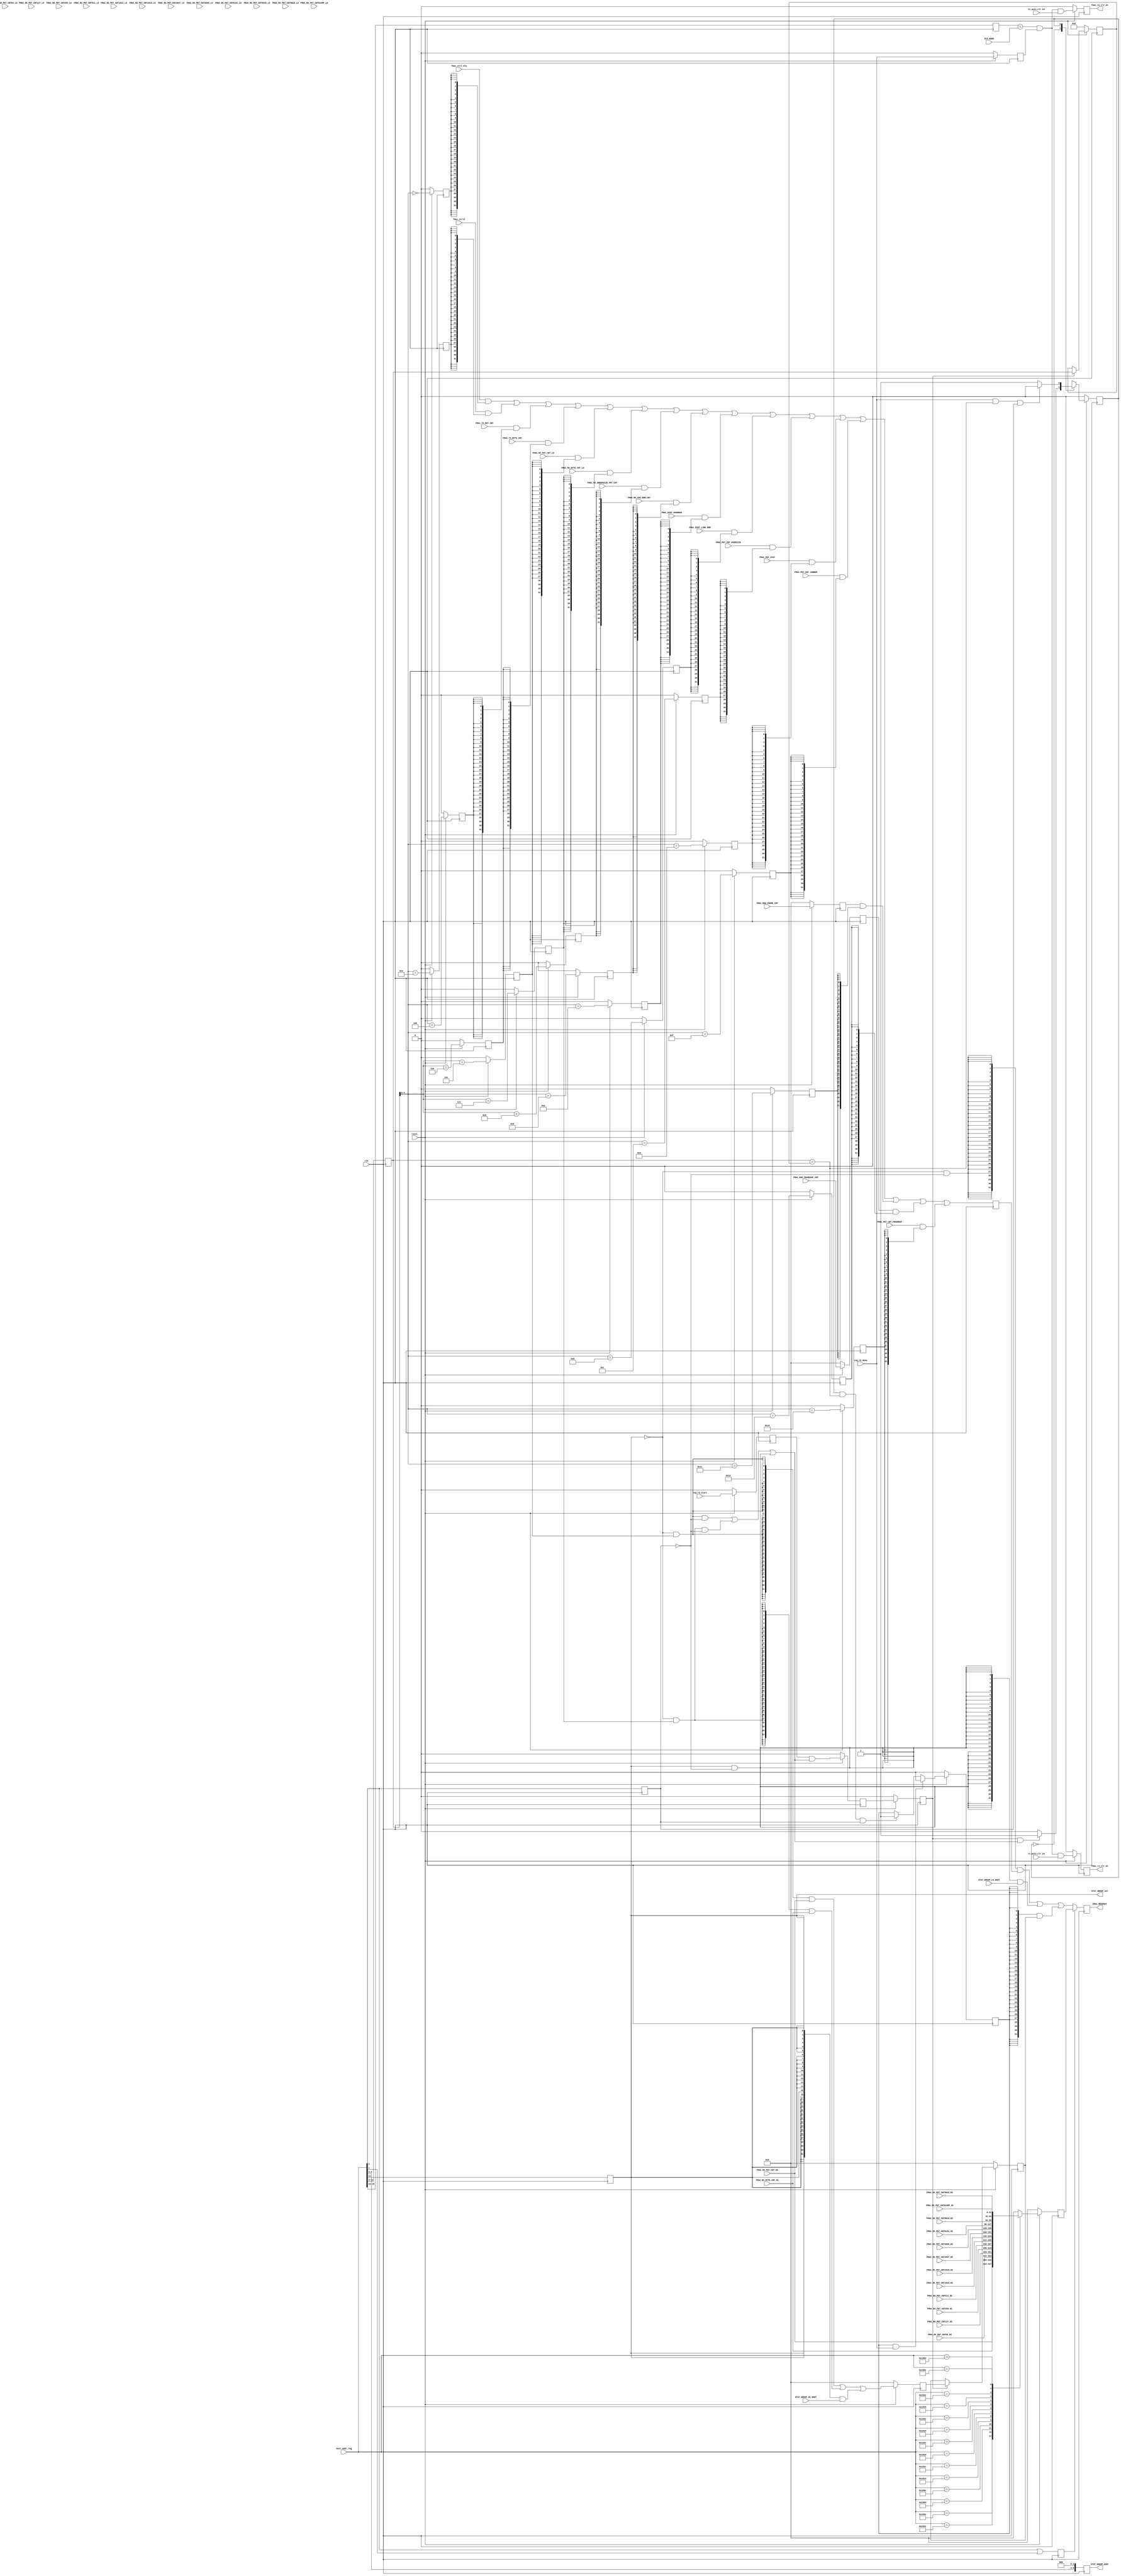
//****************************************************************
// December 6, 2022
//
// Licensed to the Apache Software Foundation (ASF) under one
// or more contributor license agreements.  See the NOTICE file
// distributed with this work for additional information
// regarding copyright ownership.  The ASF licenses this file
// to you under the Apache License, Version 2.0 (the
// "License"); you may not use this file except in compliance
// with the License.  You may obtain a copy of the License at
//
//   http://www.apache.org/licenses/LICENSE-2.0
//
// Unless required by applicable law or agreed to in writing,
// software distributed under the License is distributed on an
// "AS IS" BASIS, WITHOUT WARRANTIES OR CONDITIONS OF ANY
// KIND, either express or implied.  See the License for the
// specific language governing permissions and limitations
// under the License.
//
// Date: N/A
// Project: LMAC 3
// Comments: N/A
//
//********************************
// File history:
//   N/A
//****************************************************************

// synopsys translate_off
`timescale 1ns/1ps
// synopsys translate_on

module fmac_register_if(
	clk,     					// i-1
    reset_,  					// i-1

    // REGULAR Statistic Registers
    //NOTE:  Each mac should do its own count then resync one time only
    fmac_ctrl_dly,				//i-32
    FMAC_TX_PKT_CNT,  			// i-32
    FMAC_RX_PKT_CNT_LO,      	// i-32, (derived from SYNCLK125 [or FMAC0 clk])
    FMAC_RX_PKT_CNT_HI,      	// i-32, (derived from SYNCLK125 [or FMAC0 clk])

    FMAC_TX_BYTE_CNT,			// i-32
	FMAC_RX_BYTE_CNT_LO,   		// i-32, (from synclk)
	FMAC_RX_BYTE_CNT_HI,   		// i-32, (from synclk)


	FMAC_RX_UNDERSIZE_PKT_CNT,	// i-32
	FMAC_RX_CRC_ERR_CNT,		// i-32
	FMAC_DCNT_OVERRUN,			// i-32
	FMAC_DCNT_LINK_ERR,			// i-32
	FMAC_PKT_CNT_OVERSIZE,		// i-32
	FMAC_PHY_STAT,				// i-32
	fmac_ctrl1	,				// i-32

	FMAC_PKT_CNT_JABBER		,	// i-32
	FMAC_PKT_CNT_FRAGMENT	,	// i-32
	FMAC_RAW_FRAME_CNT	,		// i-32
	FMAC_BAD_FRAMESOF_CNT	,	// i-32

	//Interface to 64 bit Statistic register group, in DECAP
	STAT_GROUP_LO_DOUT	,		// i-32,
	STAT_GROUP_HI_DOUT	,		// i-32,
	STAT_GROUP_addr	,			// o-10, address to select the register within the STAT GROUP
	STAT_GROUP_sel	,			// o-1
	fmac_rx_clr_en,				// o-1

	fmac_tx_clr_en,

	// Interface to mac_register
	reg_rd_start,				// i-1, pulse indicating the start of a reg access
	reg_rd_done,				// i-1, pulse indicating the end of a reg access
	host_addr_reg,				// i-16
	SYS_ADDR,					// i-4

	rx_auto_clr_en,				// i-1
	tx_auto_clr_en,				// i-1


	//REGISTERS
	FMAC_RX_PKT_CNT64_LO,
	FMAC_RX_PKT_CNT64_HI,

	FMAC_RX_PKT_CNT127_LO,
	FMAC_RX_PKT_CNT127_HI,

	FMAC_RX_PKT_CNT255_LO,
	FMAC_RX_PKT_CNT255_HI,

	FMAC_RX_PKT_CNT511_LO,
	FMAC_RX_PKT_CNT511_HI,

	FMAC_RX_PKT_CNT1023_LO,
	FMAC_RX_PKT_CNT1023_HI,

	FMAC_RX_PKT_CNT1518_LO,
	FMAC_RX_PKT_CNT1518_HI,

	FMAC_RX_PKT_CNT2047_LO,
	FMAC_RX_PKT_CNT2047_HI,

	FMAC_RX_PKT_CNT4095_LO,
	FMAC_RX_PKT_CNT4095_HI,

	FMAC_RX_PKT_CNT8191_LO,
	FMAC_RX_PKT_CNT8191_HI,

	FMAC_RX_PKT_CNT9018_LO,
	FMAC_RX_PKT_CNT9018_HI,

	FMAC_RX_PKT_CNT9022_LO,
	FMAC_RX_PKT_CNT9022_HI,

	FMAC_RX_PKT_CNT9199P_LO,
	FMAC_RX_PKT_CNT9199P_HI,
	//--
	FMAC_REGDOUT				// o-32

    );

// ----------------------------------------------------------------------------
// PORT DECLARATIONS
// ----------------------------------------------------------------------------
input       clk;
input       reset_;

// Statistic Registers
input	[31:0]	fmac_ctrl_dly	;
input [31:0]	FMAC_TX_PKT_CNT;
input [31:0]	FMAC_RX_PKT_CNT_LO;
input [31:0]	FMAC_RX_PKT_CNT_HI;

input [31:0]	FMAC_TX_BYTE_CNT;
input [31:0]	FMAC_RX_BYTE_CNT_LO;
input [31:0]	FMAC_RX_BYTE_CNT_HI;

input [31:0]	FMAC_RX_UNDERSIZE_PKT_CNT;
input [31:0]	FMAC_RX_CRC_ERR_CNT;
input [31:0]	FMAC_DCNT_OVERRUN;
input [31:0]	FMAC_DCNT_LINK_ERR;
input [31:0]	FMAC_PKT_CNT_OVERSIZE;
input [31:0]	FMAC_PHY_STAT;
input	[31:0]	fmac_ctrl1	;

input	[31:0]	FMAC_PKT_CNT_JABBER		;	//i-32
input	[31:0]	FMAC_PKT_CNT_FRAGMENT	;	//i-32
input	[31:0]	FMAC_RAW_FRAME_CNT	;		//i-32
input	[31:0]	FMAC_BAD_FRAMESOF_CNT	;	//i-32

input	[31:0]	STAT_GROUP_LO_DOUT	;		// i-32,
input	[31:0]	STAT_GROUP_HI_DOUT	;		// i-32,
output	[9:0]	STAT_GROUP_addr	;			// o-10, address to select the register within the STAT GROUP
output			STAT_GROUP_sel	;			// o-1,
output			fmac_rx_clr_en	;			// o-1,

output			fmac_tx_clr_en	;

// Interface to mac_register
input			reg_rd_start;
input			reg_rd_done;
input [15:0]	host_addr_reg;
input [3:0]		SYS_ADDR;

input			rx_auto_clr_en;
input			tx_auto_clr_en;


//REGISTERS
input	[32:0]		FMAC_RX_PKT_CNT64_LO;
input	[31:0]		FMAC_RX_PKT_CNT64_HI;

input	[32:0]		FMAC_RX_PKT_CNT127_LO;
input	[31:0]		FMAC_RX_PKT_CNT127_HI;

input	[32:0]		FMAC_RX_PKT_CNT255_LO;
input	[31:0]		FMAC_RX_PKT_CNT255_HI;

input	[32:0]		FMAC_RX_PKT_CNT511_LO;
input	[31:0]		FMAC_RX_PKT_CNT511_HI;

input	[32:0]		FMAC_RX_PKT_CNT1023_LO;
input	[31:0]		FMAC_RX_PKT_CNT1023_HI;

input	[32:0]		FMAC_RX_PKT_CNT1518_LO;
input	[31:0]		FMAC_RX_PKT_CNT1518_HI;

input	[32:0]		FMAC_RX_PKT_CNT2047_LO;
input	[31:0]		FMAC_RX_PKT_CNT2047_HI;

input	[32:0]		FMAC_RX_PKT_CNT4095_LO;
input	[31:0]		FMAC_RX_PKT_CNT4095_HI;

input	[32:0]		FMAC_RX_PKT_CNT8191_LO;
input	[31:0]		FMAC_RX_PKT_CNT8191_HI;

input	[32:0]		FMAC_RX_PKT_CNT9018_LO;
input	[31:0]		FMAC_RX_PKT_CNT9018_HI;

input	[32:0]		FMAC_RX_PKT_CNT9022_LO;
input	[31:0]		FMAC_RX_PKT_CNT9022_HI;

input	[32:0]		FMAC_RX_PKT_CNT9199P_LO;
input	[31:0]		FMAC_RX_PKT_CNT9199P_HI;


output [31:0]	FMAC_REGDOUT;

//Variables for atomic controller
wire				atomic_cycle_mode;
reg					atm_latch_en;
reg					atm_latch_en_dly;
reg		[31:0]		local32_hi;					//keeping the upper 32 bit of the 64 bit reg
reg		[31:0]		my_local32_hi;				//temp mux
reg		[8:0]		atm_tag;					//keeping the addr of the previous reg read for checking matching
reg					atm_valid;
wire				tag_match;

reg					reg_rd_start_int;
reg					reg_rd_done_int;
reg					atomic_hi_en;				//enable the access to the ATOMIC HI register

reg		[31:0]		FMAC_RAW_FRAME_CNT_DLY1	;	//i-32
reg		[31:0]		FMAC_BAD_FRAMESOF_CNT_DLY1;	//i-32


// ----------------------------------------------------------------------------
// INTERNAL
// ----------------------------------------------------------------------------
// STATISTIC & DIAGNOSTIC REGISTERS
//											addr[11:3]		addr[15:0]
//`define	FMAC_TX_PKT_CNT_addr			9'h004			// 	1020h
//`define 	FMAC_RX_PKT_CNT_addr			9'h005			// 	1028h
//`define	FMAC_TX_BYTE_CNT_addr			9'h006			// 	1030h
//`define	FMAC_RX_BYTE_CNT_addr  			9'h007			// 	1038h
//`define	FMAC_RX_UNDERSIZE_PKT_CNT_addr	9'h008			// 	1040h
//`define	FMAC_RX_CRC_ERR_CNT_addr		9'h009			// 	1048h
//`define	FMAC_DCNT_OVERRUN_addr 			9'h00A   		// 	1050h
//`define	FMAC_DCNT_LINK_ERR_addr 		9'h00B   		// 	1058h
//`define	FMAC_DCNT_OVERSIZE_addr 		9'h00C   		// 	1060h
//`define	FMAC_PHY_STAT_addr  			9'h00D 			// 	1068h

// ========================================
// Buffer the address
// ========================================

//bit 9:0 actually select the individual reg
//bit 11:10 select the group within the FMAC
//For now, (13jun10) bit 11 selects the new statistic regs
reg [8:0]	addr_buf0;
reg [9:0]	STAT_GROUP_addr;	//only bit 9:3 are used, for used by the new statistic regs
reg			upper32_addr;

reg			STAT_GROUP_sel;
reg			fmac_rx_clr_en;
reg			fmac_tx_clr_en;

reg	[3:0]	host_addr_int;		//only upper nibble of the host addr

reg			high_sel;

always @ (posedge clk)
	begin
	addr_buf0	 <=	host_addr_reg[11:3];
	upper32_addr	<= host_addr_reg[2];

	//keeping the bit numbering the same as the address
	host_addr_int		<= host_addr_reg[15:12];
	STAT_GROUP_addr	 	<= {host_addr_reg[9:3], 3'b000} ;

	//use 1 bit for NO decoding
	STAT_GROUP_sel		<= host_addr_reg[11];
		//sys_addr is a constant
		//teh DONE signal may be a clock too late and can cause conflict
		//need to clear sooner if possible
	fmac_rx_clr_en			<=
		!reset_ ? 1'b0 :
		(host_addr_int == SYS_ADDR) & reg_rd_done_int & rx_auto_clr_en ;
	fmac_tx_clr_en			<=
		!reset_ ? 1'b0 :
		(host_addr_int == SYS_ADDR) & reg_rd_done_int & tx_auto_clr_en ;

	high_sel				<=
		host_addr_reg[2] | host_addr_reg[1];
	end

//STATISTIC & DIAGNOSTIC REGISTERS
parameter	[9:0]	FMAC_CTRL_addr							= 	10'h0_00;
parameter	[9:0]	FMAC_TX_PKT_CNT_addr					= 	10'h0_20;

//addr bit 2 indicates the lo or hi 32bit of 64 bit register
parameter 	[9:0]	FMAC_RX_PKT_CNT_addr					= 	10'h0_28;	// 	- RX_PKT_CNT_LO
															//	102Ch 		//	- RX_PKT_CNT_HI
parameter	[9:0]	FMAC_TX_BYTE_CNT_addr					= 	10'h0_30;	// 	- RX_BYTE_CNT_LO
															//	1034h 		//	- RX_BYTE_CNT_HI

parameter	[9:0]	FMAC_RX_BYTE_CNT_addr  					= 	10'h0_38;
parameter 	[9:0]	FMAC_RX_UNDERSIZE_PKT_CNT_addr			= 	10'h0_40;
parameter 	[9:0]	FMAC_RX_CRC_ERR_CNT_addr				= 	10'h0_48;
parameter	[9:0]	FMAC_DCNT_OVERRUN_addr 			   		= 	10'h0_50;
parameter	[9:0]	FMAC_DCNT_LINK_ERR_addr 		   		= 	10'h0_58;
parameter	[9:0]	FMAC_PKT_CNT_OVERSIZE_addr 		   		= 	10'h0_60;
parameter	[9:0]	FMAC_PHY_STAT_addr  			 		= 	10'h0_68;
parameter	[9:0]	FMAC_CTRL1_addr  			 			= 	10'h0_70;

parameter	[9:0]	FMAC_PKT_CNT_JABBER_addr 		   		= 	10'h0_78;
parameter	[9:0]	FMAC_PKT_CNT_FRAGMENT_addr 		   		= 	10'h0_80;
parameter	[9:0]	FMAC_RAW_FRAME_CNT_addr 		   		= 	10'h0_88;	//addr = 'h1088
parameter	[9:0]	FMAC_BAD_FRAMESOF_CNT_addr 		   		= 	10'h0_90;	//addr = 'h1090

// ========================================
// Decode address to Select lines
// ========================================

wire		FMAC_CTRL_sel		;
wire		FMAC_TX_PKT_CNT_sel;
wire		FMAC_RX_PKT_CNT_sel;
wire		FMAC_TX_BYTE_CNT_sel;
wire		FMAC_RX_BYTE_CNT_sel;
wire		FMAC_RX_UNDERSIZE_PKT_CNT_sel;
wire	 	FMAC_RX_CRC_ERR_CNT_sel;
wire		FMAC_DCNT_OVERRUN_sel;
wire		FMAC_DCNT_LINK_ERR_sel;
wire		FMAC_PKT_CNT_OVERSIZE_sel;
wire		FMAC_PHY_STAT_sel;
wire		FMAC_CTRL1_sel		;

wire		FMAC_PKT_CNT_JABBER_sel		;
wire		FMAC_PKT_CNT_FRAGMENT_sel	;
wire		FMAC_RAW_FRAME_CNT_sel	;
wire		FMAC_BAD_FRAMESOF_CNT_sel	;

assign	FMAC_CTRL_sel					=	( addr_buf0[6:0] == FMAC_CTRL_addr[9:3]						);
assign	FMAC_TX_PKT_CNT_sel				=	( addr_buf0[6:0] == FMAC_TX_PKT_CNT_addr[9:3]				);
assign	FMAC_TX_BYTE_CNT_sel			=	( addr_buf0[6:0] == FMAC_TX_BYTE_CNT_addr[9:3]				);
assign	FMAC_RX_PKT_CNT_sel				=	( addr_buf0[6:0] == FMAC_RX_PKT_CNT_addr[9:3]				);
assign	FMAC_RX_BYTE_CNT_sel			=	( addr_buf0[6:0] == FMAC_RX_BYTE_CNT_addr[9:3]				);
assign	FMAC_RX_UNDERSIZE_PKT_CNT_sel	=	( addr_buf0[6:0] == FMAC_RX_UNDERSIZE_PKT_CNT_addr[9:3]		);
assign	FMAC_RX_CRC_ERR_CNT_sel			=	( addr_buf0[6:0] == FMAC_RX_CRC_ERR_CNT_addr[9:3]			);
assign	FMAC_DCNT_OVERRUN_sel			=	( addr_buf0[6:0] == FMAC_DCNT_OVERRUN_addr[9:3]				);
assign	FMAC_DCNT_LINK_ERR_sel			=	( addr_buf0[6:0] == FMAC_DCNT_LINK_ERR_addr[9:3]			);
assign	FMAC_PKT_CNT_OVERSIZE_sel		=	( addr_buf0[6:0] == FMAC_PKT_CNT_OVERSIZE_addr[9:3]			);
assign	FMAC_PHY_STAT_sel				=	( addr_buf0[6:0] == FMAC_PHY_STAT_addr[9:3]					);
assign	FMAC_CTRL1_sel					=	( addr_buf0[6:0] == FMAC_CTRL1_addr[9:3]					);
assign	FMAC_PKT_CNT_JABBER_sel			=	( addr_buf0[6:0] == FMAC_PKT_CNT_JABBER_addr[9:3]			);
assign	FMAC_PKT_CNT_FRAGMENT_sel		=	( addr_buf0[6:0] == FMAC_PKT_CNT_FRAGMENT_addr[9:3]			);
assign	FMAC_RAW_FRAME_CNT_sel			=	( addr_buf0[6:0] == FMAC_RAW_FRAME_CNT_addr[9:3]			);
assign	FMAC_BAD_FRAMESOF_CNT_sel		=	( addr_buf0[6:0] == FMAC_BAD_FRAMESOF_CNT_addr[9:3]			);

//=================================================
//DELAYED VERSION FOR READING - better timing
reg		DLY_FMAC_CTRL_sel		;
reg		DLY_FMAC_TX_PKT_CNT_sel;
reg		DLY_FMAC_RX_PKT_CNT_sel;
reg		DLY_FMAC_TX_BYTE_CNT_sel;
reg		DLY_FMAC_RX_BYTE_CNT_sel;
reg		DLY_FMAC_RX_UNDERSIZE_PKT_CNT_sel;
reg	 	DLY_FMAC_RX_CRC_ERR_CNT_sel;
reg		DLY_FMAC_DCNT_OVERRUN_sel;
reg		DLY_FMAC_DCNT_LINK_ERR_sel;
reg		DLY_FMAC_PKT_CNT_OVERSIZE_sel;
reg		DLY_FMAC_PHY_STAT_sel;
reg		DLY_FMAC_CTRL1_sel		;
reg		DLY_FMAC_PKT_CNT_JABBER_sel;
reg		DLY_FMAC_PKT_CNT_FRAGMENT_sel;
reg		DLY_FMAC_RAW_FRAME_CNT_sel;
reg		DLY_FMAC_BAD_FRAMESOF_CNT_sel;

always@(posedge clk)
begin
		DLY_FMAC_CTRL_sel					<= !reset_ ? 1'b0 : FMAC_CTRL_sel			      		;
		DLY_FMAC_TX_PKT_CNT_sel				<= !reset_ ? 1'b0 : FMAC_TX_PKT_CNT_sel			      	;
		DLY_FMAC_RX_PKT_CNT_sel				<= !reset_ ? 1'b0 : FMAC_RX_PKT_CNT_sel				   	;
		DLY_FMAC_TX_BYTE_CNT_sel			<= !reset_ ? 1'b0 : FMAC_TX_BYTE_CNT_sel			   	;
		DLY_FMAC_RX_BYTE_CNT_sel			<= !reset_ ? 1'b0 : FMAC_RX_BYTE_CNT_sel			   	;
		DLY_FMAC_RX_UNDERSIZE_PKT_CNT_sel	<= !reset_ ? 1'b0 : FMAC_RX_UNDERSIZE_PKT_CNT_sel		;
	 	DLY_FMAC_RX_CRC_ERR_CNT_sel			<= !reset_ ? 1'b0 : FMAC_RX_CRC_ERR_CNT_sel			    ;
		DLY_FMAC_DCNT_OVERRUN_sel			<= !reset_ ? 1'b0 : FMAC_DCNT_OVERRUN_sel			    ;
		DLY_FMAC_DCNT_LINK_ERR_sel			<= !reset_ ? 1'b0 : FMAC_DCNT_LINK_ERR_sel			    ;
		DLY_FMAC_PKT_CNT_OVERSIZE_sel		<= !reset_ ? 1'b0 : FMAC_PKT_CNT_OVERSIZE_sel		   	;
		DLY_FMAC_PHY_STAT_sel				<= !reset_ ? 1'b0 : FMAC_PHY_STAT_sel				    ;
		DLY_FMAC_CTRL1_sel					<= !reset_ ? 1'b0 : FMAC_CTRL1_sel			      		;

		DLY_FMAC_PKT_CNT_JABBER_sel			<= !reset_ ? 1'b0 : FMAC_PKT_CNT_JABBER_sel		   		;
		DLY_FMAC_PKT_CNT_FRAGMENT_sel		<= !reset_ ? 1'b0 : FMAC_PKT_CNT_FRAGMENT_sel		   	;
		DLY_FMAC_RAW_FRAME_CNT_sel			<= !reset_ ? 1'b0 : FMAC_RAW_FRAME_CNT_sel		   	;
		DLY_FMAC_BAD_FRAMESOF_CNT_sel		<= !reset_ ? 1'b0 : FMAC_BAD_FRAMESOF_CNT_sel		   	;
end

//==================================================
reg		[31:0]	REGU_GROUP_LO_DOUT;

// REGULAR GROUP register - LOW 32
always@(posedge clk)
	begin
		FMAC_RAW_FRAME_CNT_DLY1		<= !reset_ ? 32'h0	   	: FMAC_RAW_FRAME_CNT	;
		FMAC_BAD_FRAMESOF_CNT_DLY1	<= !reset_ ? 32'h0 		: FMAC_BAD_FRAMESOF_CNT	;

	REGU_GROUP_LO_DOUT		<=

			//previous
			fmac_ctrl_dly 				&	{32{ DLY_FMAC_CTRL_sel					}}	|
			fmac_ctrl1		 			&	{32{ DLY_FMAC_CTRL1_sel					}}	|

			FMAC_TX_PKT_CNT 			&	{32{ DLY_FMAC_TX_PKT_CNT_sel			}}  |
			FMAC_TX_BYTE_CNT 			&	{32{ DLY_FMAC_TX_BYTE_CNT_sel			}}  |
			FMAC_RX_PKT_CNT_LO 			&	{32{ DLY_FMAC_RX_PKT_CNT_sel			}}  |
			FMAC_RX_BYTE_CNT_LO 		&	{32{ DLY_FMAC_RX_BYTE_CNT_sel			}}  |
			FMAC_RX_UNDERSIZE_PKT_CNT 	&	{32{ DLY_FMAC_RX_UNDERSIZE_PKT_CNT_sel	}}  |
			FMAC_RX_CRC_ERR_CNT 		&	{32{ DLY_FMAC_RX_CRC_ERR_CNT_sel		}}  |
			FMAC_DCNT_OVERRUN 			&	{32{ DLY_FMAC_DCNT_OVERRUN_sel			}}  |
			FMAC_DCNT_LINK_ERR 			&	{32{ DLY_FMAC_DCNT_LINK_ERR_sel			}}  |
			FMAC_PKT_CNT_OVERSIZE 		&	{32{ DLY_FMAC_PKT_CNT_OVERSIZE_sel		}}  |
			FMAC_PHY_STAT 				&	{32{ DLY_FMAC_PHY_STAT_sel				}}  |
			FMAC_PKT_CNT_JABBER 		&	{32{ DLY_FMAC_PKT_CNT_JABBER_sel		}}  |

			FMAC_RAW_FRAME_CNT_DLY1 		&	{32{ DLY_FMAC_RAW_FRAME_CNT_sel			}}	|        //25may13
			FMAC_BAD_FRAMESOF_CNT_DLY1 		&	{32{ DLY_FMAC_BAD_FRAMESOF_CNT_sel		}}	|
			FMAC_PKT_CNT_FRAGMENT 		&	{32{ DLY_FMAC_PKT_CNT_FRAGMENT_sel		}}
			;

	end

reg		[31:0]	REGU_GROUP_HI_DOUT;

always@ (posedge clk)
	begin
		if (!reset_) begin
			REGU_GROUP_HI_DOUT		<=		0;
		end
		else begin
			case (host_addr_reg)
				16'h102C	:	REGU_GROUP_HI_DOUT		<=		FMAC_RX_PKT_CNT_HI;
				16'h103C	:	REGU_GROUP_HI_DOUT		<=		FMAC_RX_BYTE_CNT_HI;
				16'h1804	:	REGU_GROUP_HI_DOUT		<=		FMAC_RX_PKT_CNT64_HI;
				16'h180C	:	REGU_GROUP_HI_DOUT		<=		FMAC_RX_PKT_CNT127_HI;
				16'h1814	:	REGU_GROUP_HI_DOUT		<=		FMAC_RX_PKT_CNT255_HI;
				16'h181C	:	REGU_GROUP_HI_DOUT		<=		FMAC_RX_PKT_CNT511_HI;
				16'h1824	:	REGU_GROUP_HI_DOUT		<=		FMAC_RX_PKT_CNT1023_HI;
				16'h182C	:	REGU_GROUP_HI_DOUT		<=		FMAC_RX_PKT_CNT1518_HI;
				16'h1834	:	REGU_GROUP_HI_DOUT		<=		FMAC_RX_PKT_CNT2047_HI;
				16'h183C	:	REGU_GROUP_HI_DOUT		<=		FMAC_RX_PKT_CNT4095_HI;
				16'h1844	:	REGU_GROUP_HI_DOUT		<=		FMAC_RX_PKT_CNT8191_HI;
				16'h184C	:	REGU_GROUP_HI_DOUT		<=		FMAC_RX_PKT_CNT9018_HI;
				16'h1854	:	REGU_GROUP_HI_DOUT		<=		FMAC_RX_PKT_CNT9022_HI;
				16'h185C	:	REGU_GROUP_HI_DOUT		<=		FMAC_RX_PKT_CNT9199P_HI;
				default		:	REGU_GROUP_HI_DOUT		<= 		0;
			endcase
		end
	end

//NOTE:  The REGU_GROUP_HI only has 2 registers so output it directly rather than via a bus
//if more registers later, a bus may be needed for this group.


// ========================================
// Muxing for FMAC_REGDOUT - SEE ATOMIC ENFORCEMENT BELOW
// ========================================
reg [31:0]	FMAC_REGDOUT;
always@(posedge clk)
begin

	//The address of the registers are structured for fast decode
	//bit 11:10 are used to decode which reg group within the FMAC
	//so at this level of muxing still preserve the old regs while allow room to add
	//new regs
	//bit 11:10 = 0 is for the old group
	//bit 11 = 1 is for the new statistic regs which are many
	FMAC_REGDOUT	<=		high_sel	?
							REGU_GROUP_HI_DOUT		:
							{32{ !STAT_GROUP_sel & !upper32_addr	}} & 		REGU_GROUP_LO_DOUT	|
							{32{  STAT_GROUP_sel & !upper32_addr	}} & 		STAT_GROUP_LO_DOUT	|
							{32{ atomic_hi_en }} & local32_hi
							;

end

//=======================================
// ATOMIC CONTROLLER - Enforce ATOMICITY for 64 bit reg reads
//=======================================
// SW always read the lo of the 64 bit reg first
// the LO regs go directly to the MUX
// the HI is being kept in the ATOMIC reg
// need more precise timing to avoid stale data

//if detect a read to LO of PKT_CNT or BYTE_CNT (host_addr[2] = 0)
//only HW can write to these registers
assign		atomic_cycle_mode =
							( !STAT_GROUP_sel & DLY_FMAC_RX_PKT_CNT_sel 	& !upper32_addr )
						|	( !STAT_GROUP_sel & DLY_FMAC_RX_BYTE_CNT_sel 	& !upper32_addr )
						//add the regs from the STAT GROUP
						|	(  STAT_GROUP_sel 		& !upper32_addr )

						;

//HI access cycle
assign	tag_match	= (addr_buf0 == atm_tag);

//internal signals
always@(posedge clk)
	if (!reset_)
		begin
		reg_rd_start_int	<= 1'b0;
		reg_rd_done_int	<= 1'b0;
		end
	else
		begin
		reg_rd_start_int	<= reg_rd_start;	//reg_rd_start and done are from MAC_REG module
		reg_rd_done_int	<= reg_rd_done;
		end

//keeping upper 32 bit reg
//reg_rd_start -> decode -> temp_mux -> local32
always@(posedge clk)
begin

		//local ATMOMIC HI valid bit
	if (!reset_)
		atm_valid	<= 1'b0;
	else case (atm_valid)
		1'b0:
		atm_valid	<=
			//set on 1st latch, or keep
			atm_latch_en_dly & atomic_cycle_mode ? 1'b1 : 1'b0;

		1'b1:
		atm_valid	<=
			//negate on next read ending
			(reg_rd_done & tag_match & upper32_addr) ? 1'b0 : 1'b1;

		endcase

//add reset for simulation
if (!reset_ )
	begin
	atm_latch_en		<= 1'b0 ;
	atm_latch_en_dly	<= 1'b0 ;
	local32_hi			<= 32'h0 ;
	atm_tag				<= 9'h0 ;
	my_local32_hi		<= 32'h0 ;
	atomic_hi_en		<= 1'b0 ;

	end
else
	begin
	atm_latch_en		<= reg_rd_start_int & atomic_cycle_mode;	//enable latching if it's atomic access start
	atm_latch_en_dly	<= atm_latch_en;							//delay to wait for address propagation
	local32_hi			<= atm_latch_en_dly ? my_local32_hi : local32_hi;
	atm_tag				<= atm_latch_en_dly ? addr_buf0 : atm_tag;

	//32 bit mux
	//this is used to mux 15 64 bit reg to 1
	my_local32_hi			<=
	                        	{32{ !STAT_GROUP_sel & DLY_FMAC_RX_PKT_CNT_sel	}} &	FMAC_RX_PKT_CNT_HI		//from rx_decap
							|	{32{ !STAT_GROUP_sel & DLY_FMAC_RX_BYTE_CNT_sel	}} &	FMAC_RX_BYTE_CNT_HI		//from rx_decap
							//ADD the regs from the STAT group
							|	{32{  STAT_GROUP_sel			}} & 	STAT_GROUP_HI_DOUT

									;

	atomic_hi_en	<=
			//clr if see reg_rd_done
			atomic_hi_en & reg_rd_done ? 1'b0 :
			//set, if this cycle matches my tag
			//need to allow the data to drive back as soon as possible for downstream to latch
			atm_valid & tag_match & upper32_addr ? 1'b1 :
			//keep otherwise
			atomic_hi_en
			;
	end

end



endmodule